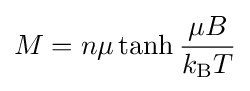
M=n\mu \tanh {\frac {\mu B}{k_{\rm {B}}T}}